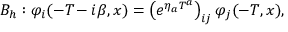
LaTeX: B _ { h } : \varphi _ { i } ( - T \! - i \beta , x ) = \left( e ^ { \eta _ { a } T ^ { a } } \right) _ { i j } \varphi _ { j } ( - T , x ) ,